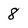
Character: 8